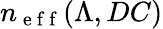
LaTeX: n_{\mathrm{~e~f~f~}}(\Lambda,DC)